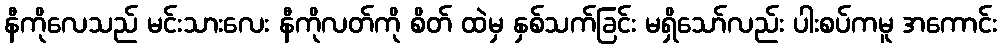
နီကိုလေသည် မင်းသားလေး နီကိုလတ်ကို စိတ် ထဲမှ နှစ်သက်ခြင်း မရှိသော်လည်း ပါးစပ်ကမူ အကောင်း